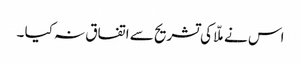
اس نے ملّا کی تشریح سے اتفاق نہ کیا ۔